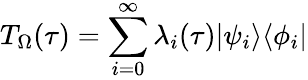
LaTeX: T_{\Omega}(\tau)=\sum_{i=0}^{\infty}\lambda_{i}(\tau)|\psi_{i}\rangle\langle\phi_{i}|